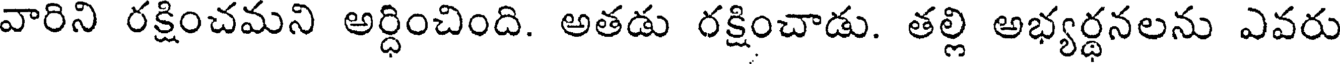
వారిని రక్షించమని అర్ధించింది. అతడు రక్షించాడు. తల్లి అభ్యర్థనలను ఎవరు